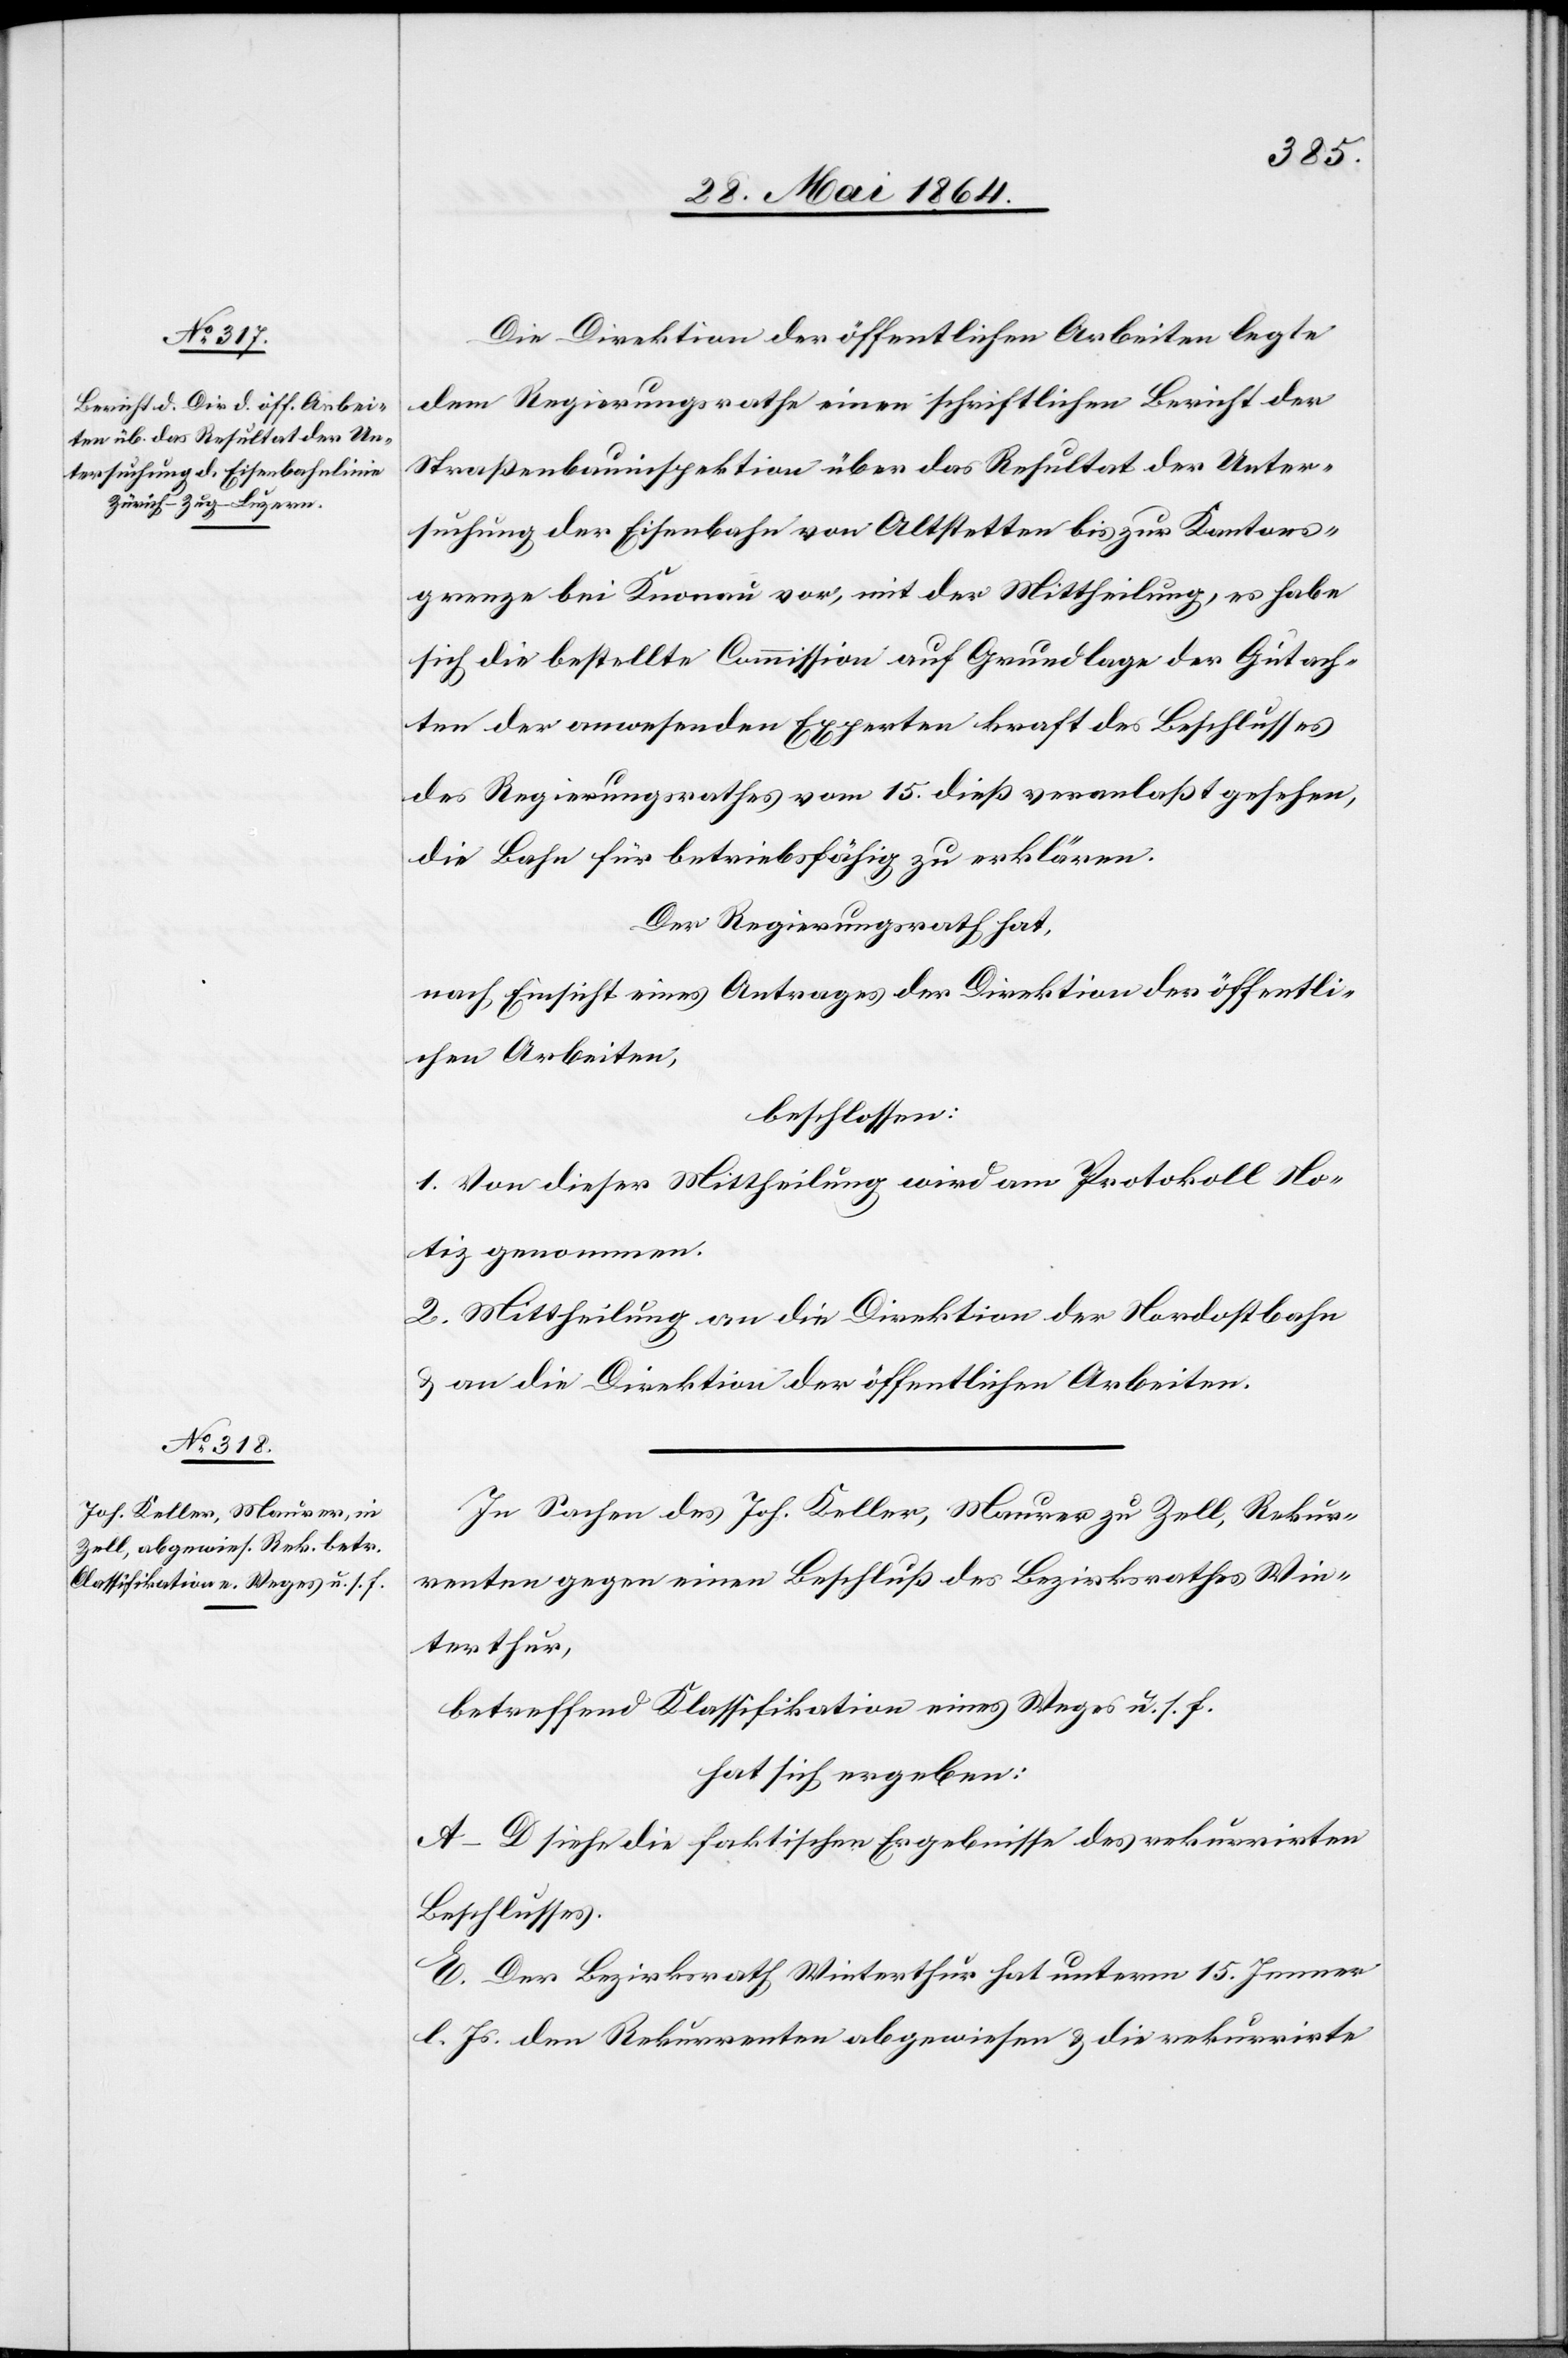
Die Direktion der öffentlichen Arbeiten legte
dem Regierungsrathe einen schriftlichen Bericht der
Straßenbauinspektion über das Resultat der Unter¬
suchung der Eisenbahn von Altstetten bis zur Kantons¬
grenze bei Knonau vor, mit der Mittheilung, es habe
sich die bestellte Commission auf Grundlage der Gutach¬
ten der anwesenden Experten kraft des Beschlusses
des Regierungsrathes vom 15. dieß veranlaßt gesehen,
die Bahn für betriebsfähig zu erklären.
Der Regierungsrath hat,
nach Einsicht eines Antrages der Direktion der öffentli¬
chen Arbeiten,
beschlossen:
1. Von dieser Mittheilung wird am Protokoll No¬
tiz genommen.
2. Mittheilung an die Direktion der Nordostbahn
u. an die Direktion der öffentlichen Arbeiten.
In Sachen des Joh. Keller, Maurer zu Zell, Rekur¬
renten gegen einen Beschluß des Bezirksrathes Win¬
terthur,
betreffend Klassifikation eines Weges u. s. f.
hat sich ergeben:
A–D siehe die faktischen Ergebnisse des rekurrirten
Beschlusses.
E. Der Bezirksrath Winterthur hat unterm 15. Jenner
l. Js. den Rekurrenten abgewiesen u. die rekurrirte